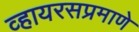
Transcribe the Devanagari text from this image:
व्हायरसप्रमाणे